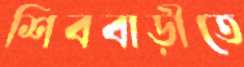
শিববাড়ীতে